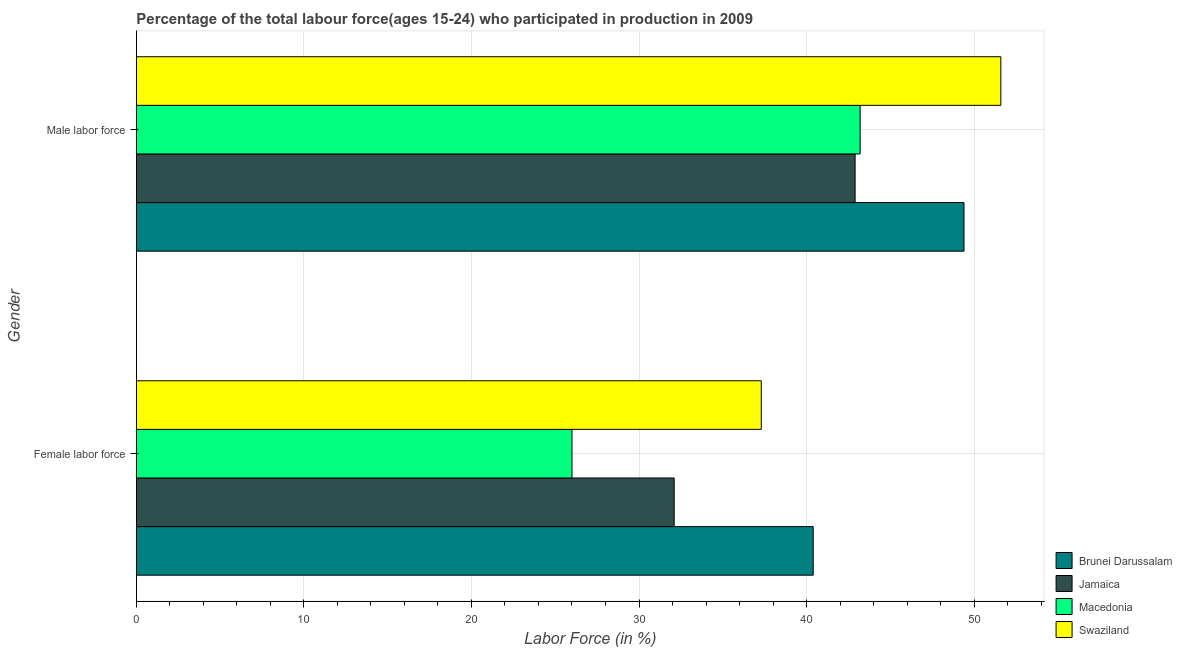
| Gender | Brunei Darussalam | Jamaica | Macedonia | Swaziland |
 | --- | --- | --- | --- | --- |
 | Female labor force | 40.4 | 32.1 | 26 | 37.3 |
 | Male labor force | 49.4 | 42.9 | 43.2 | 51.6 |